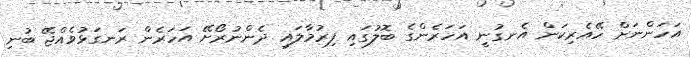
އަހަންނަށް ހޭއެރިކަން އެނގުނީ އަހަރެންގެ ބޮލުގައި ފިރުމާލައި ދެންނުރޯށޭ އަހަރެން ރަނގަޅުވެއްޖޭ ބުނި